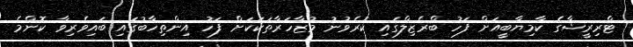
ޓްރިރީޝާގެ ކާމިޔާބީއަށް ފަހު ބްރެޒިލްގައި ކުރެވުނު މުޒާހަރާތަކަކަށް ފަހު އިންތިހާބުގައި ބައިވެރިވާ ކޮންމެ